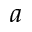
a